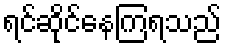
ရင်ဆိုင်နေကြရသည်